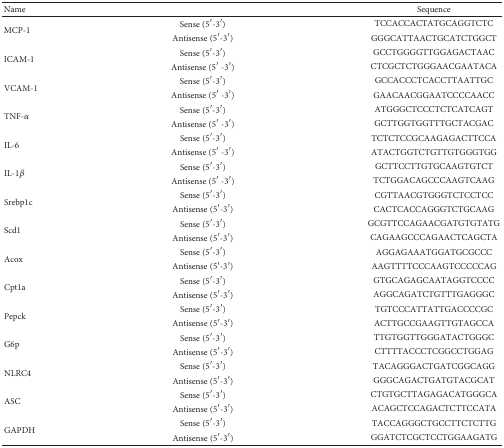
<table><thead><tr><td><b>Name</b></td><td></td><td><b>Sequence</b></td></tr></thead><tbody><tr><td rowspan="2">MCP-1</td><td>Sense (5′-3′)</td><td>TCCACCACTATGCAGGTCTC</td></tr><tr><td>Antisense (5′-3′)</td><td>GGGCATTAACTGCATCTGGCT</td></tr><tr><td rowspan="2">ICAM-1</td><td>Sense (5′-3′)</td><td>GCCTGGGGTTGGAGACTAAC</td></tr><tr><td>Antisense (5′ -3′)</td><td>CTCGCTCTGGGAACGAATACA</td></tr><tr><td rowspan="2">VCAM-1</td><td>Sense (5′-3′)</td><td>GCCACCCTCACCTTAATTGC</td></tr><tr><td>Antisense (5′ -3′)</td><td>GAACAACGGAATCCCCAACC</td></tr><tr><td rowspan="2">TNF-<i>α</i></td><td>Sense (5′-3′)</td><td>ATGGGCTCCCTCTCATCAGT</td></tr><tr><td>Antisense (5′ -3′)</td><td>GCTTGGTGGTTTGCTACGAC</td></tr><tr><td rowspan="2">IL-6</td><td>Sense (5′-3′)</td><td>TCTCTCCGCAAGAGACTTCCA</td></tr><tr><td>Antisense (5′ -3′)</td><td>ATACTGGTCTGTTGTGGGTGG</td></tr><tr><td rowspan="2">IL-1<i>β</i></td><td>Sense (5′-3′)</td><td>GCTTCCTTGTGCAAGTGTCT</td></tr><tr><td>Antisense (5′ -3′)</td><td>TCTGGACAGCCCAAGTCAAG</td></tr><tr><td rowspan="2">Srebp1c</td><td>Sense (5′-3′)</td><td>CGTTAACGTGGGTCTCCTCC</td></tr><tr><td>Antisense (5′-3′)</td><td>CACTCACCAGGGTCTGCAAG</td></tr><tr><td rowspan="2">Scd1</td><td>Sense (5′-3′)</td><td>GCGTTCCAGAACGATGTGTATG</td></tr><tr><td>Antisense (5′-3′)</td><td>CAGAAGCCCAGAACTCAGCTA</td></tr><tr><td rowspan="2">Acox</td><td>Sense (5′-3′)</td><td>AGGAGAAATGGATGCGCCC</td></tr><tr><td>Antisense (5′-3′)</td><td>AAGTTTTCCCAAGTCCCCCAG</td></tr><tr><td rowspan="2">Cpt1a</td><td>Sense (5′-3′)</td><td>GTGCAGAGCAATAGGTCCCC</td></tr><tr><td>Antisense (5′-3′)</td><td>AGGCAGATCTGTTTGAGGGC</td></tr><tr><td rowspan="2">Pepck</td><td>Sense (5′-3′)</td><td>TGTCCCATTATTGACCCCGC</td></tr><tr><td>Antisense (5′-3′)</td><td>ACTTGCCGAAGTTGTAGCCA</td></tr><tr><td rowspan="2">G6p</td><td>Sense (5′-3′)</td><td>TTGTGGTTGGGATACTGGGC</td></tr><tr><td>Antisense (5′-3′)</td><td>CTTTTACCCTCGGCCTGGAG</td></tr><tr><td rowspan="2">NLRC4</td><td>Sense (5′-3′)</td><td>TACAGGGACTGATCGGCAGG</td></tr><tr><td>Antisense (5′-3′)</td><td>GGGCAGACTGATGTACGCAT</td></tr><tr><td rowspan="2">ASC</td><td>Sense (5′-3′)</td><td>CTGTGCTTAGAGACATGGGCA</td></tr><tr><td>Antisense (5′-3′)</td><td>ACAGCTCCAGACTCTTCCATA</td></tr><tr><td rowspan="2">GAPDH</td><td>Sense (5′-3′)</td><td>TACCAGGGCTGCCTTCTCTTG</td></tr><tr><td>Antisense (5′-3′)</td><td>GGATCTCGCTCCTGGAAGATG</td></tr></tbody></table>